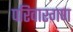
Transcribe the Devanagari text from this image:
परिवारगण